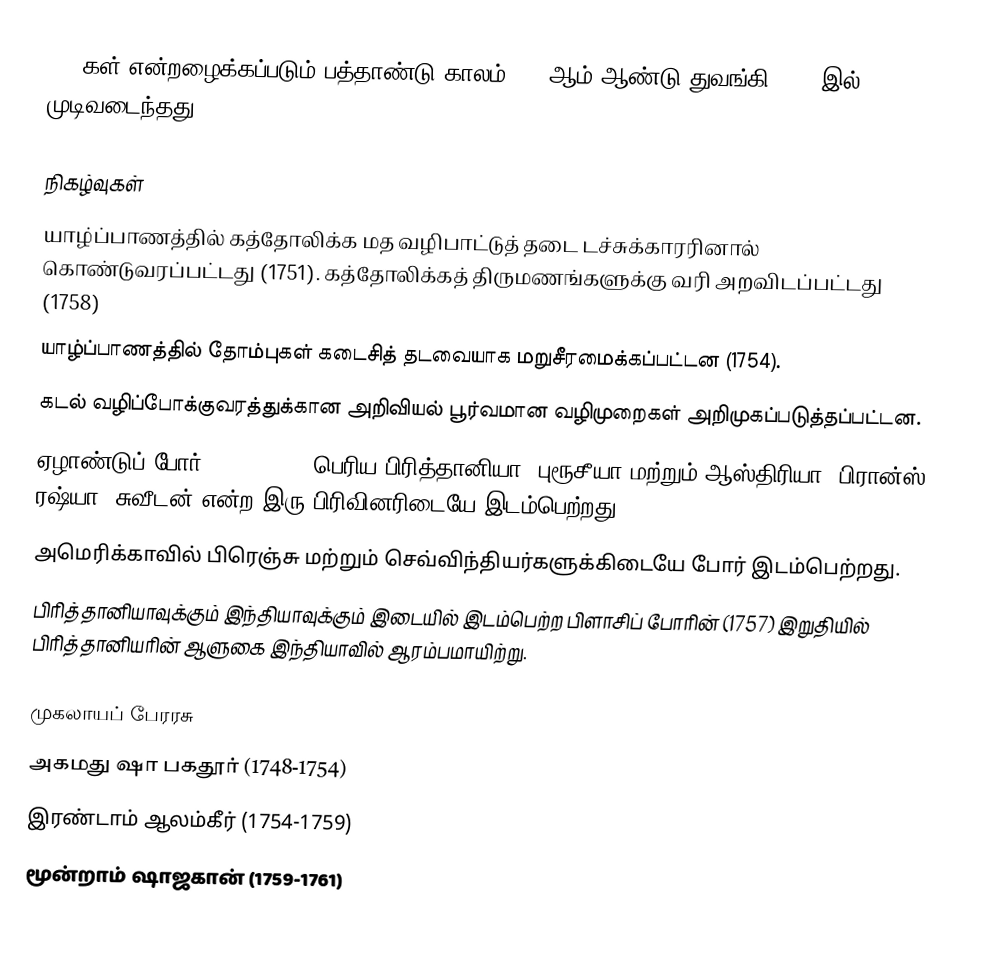
1750கள் என்றழைக்கப்படும் பத்தாண்டு காலம் 1750ஆம் ஆண்டு துவங்கி 1759-இல் முடிவடைந்தது.

நிகழ்வுகள்
 யாழ்ப்பாணத்தில் கத்தோலிக்க மத வழிபாட்டுத் தடை டச்சுக்காரரினால் கொண்டுவரப்பட்டது (1751). கத்தோலிக்கத் திருமணங்களுக்கு வரி அறவிடப்பட்டது (1758)
 யாழ்ப்பாணத்தில் தோம்புகள் கடைசித் தடவையாக மறுசீரமைக்கப்பட்டன (1754).
 கடல் வழிப்போக்குவரத்துக்கான அறிவியல் பூர்வமான வழிமுறைகள் அறிமுகப்படுத்தப்பட்டன.
 ஏழாண்டுப் போர் (1756-1763) பெரிய பிரித்தானியா, புரூசீயா மற்றும் ஆஸ்திரியா, பிரான்ஸ், ரஷ்யா, சுவீடன் என்ற இரு பிரிவினரிடையே இடம்பெற்றது.
 அமெரிக்காவில் பிரெஞ்சு மற்றும் செவ்விந்தியர்களுக்கிடையே போர் இடம்பெற்றது.
 பிரித்தானியாவுக்கும் இந்தியாவுக்கும் இடையில் இடம்பெற்ற பிளாசிப் போரின் (1757) இறுதியில் பிரித்தானியரின் ஆளுகை இந்தியாவில் ஆரம்பமாயிற்று.

முகலாயப் பேரரசு
 அகமது ஷா பகதூர் (1748-1754)
 இரண்டாம் ஆலம்கீர் (1754-1759)
 மூன்றாம் ஷாஜகான் (1759-1761)